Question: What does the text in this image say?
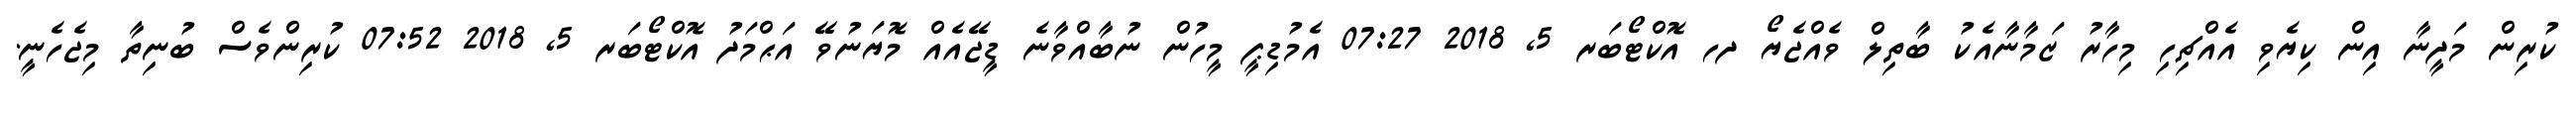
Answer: ކުރިން މަދީނާ އިން ކިޔެވި އެއްޗިހި މިހާރު ޒަމާނާއެކު ބާތިލް ވެއްޖެޔޯ ދހ އޮކްޓޯބަރ 5, 2018 07:27 އެމުޑިޕީ މީހުން ނުބާއްވާނެ ޑީޖޭއެއް މޮޔަނުވޭ އަޙްމަދު އޮކްޓޯބަރ 5, 2018 07:52 ކުރިންވެސް ބުނިތާ މިޖެހެނީ.